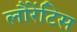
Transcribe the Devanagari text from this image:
लौरेंटिस